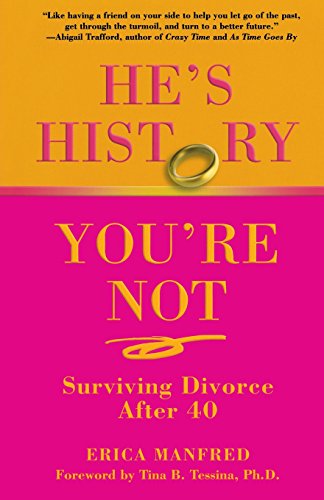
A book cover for He's History, You're Not: Surviving Divorce After 40; Erica Manfred; Parenting & Relationships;